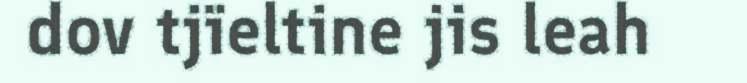
dov tjïeltine jis leah